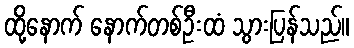
ထို့နောက် နောက်တစ်ဦးထံ သွားပြန်သည်။